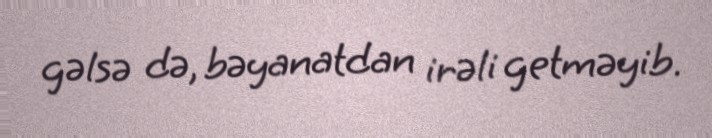
gəlsə də, bəyanatdan irəli getməyib.